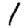
Digit: 1